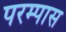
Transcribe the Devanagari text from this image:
परम्पास